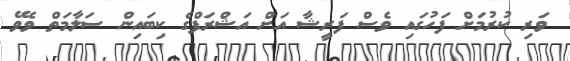
ވަރި ކުރުމަށް ފަހުގައި ވެސް ފަރީޝާ އަށް އަޝްރަފްގެ ކިބައިން ސަލާމަތް ވެވޭ